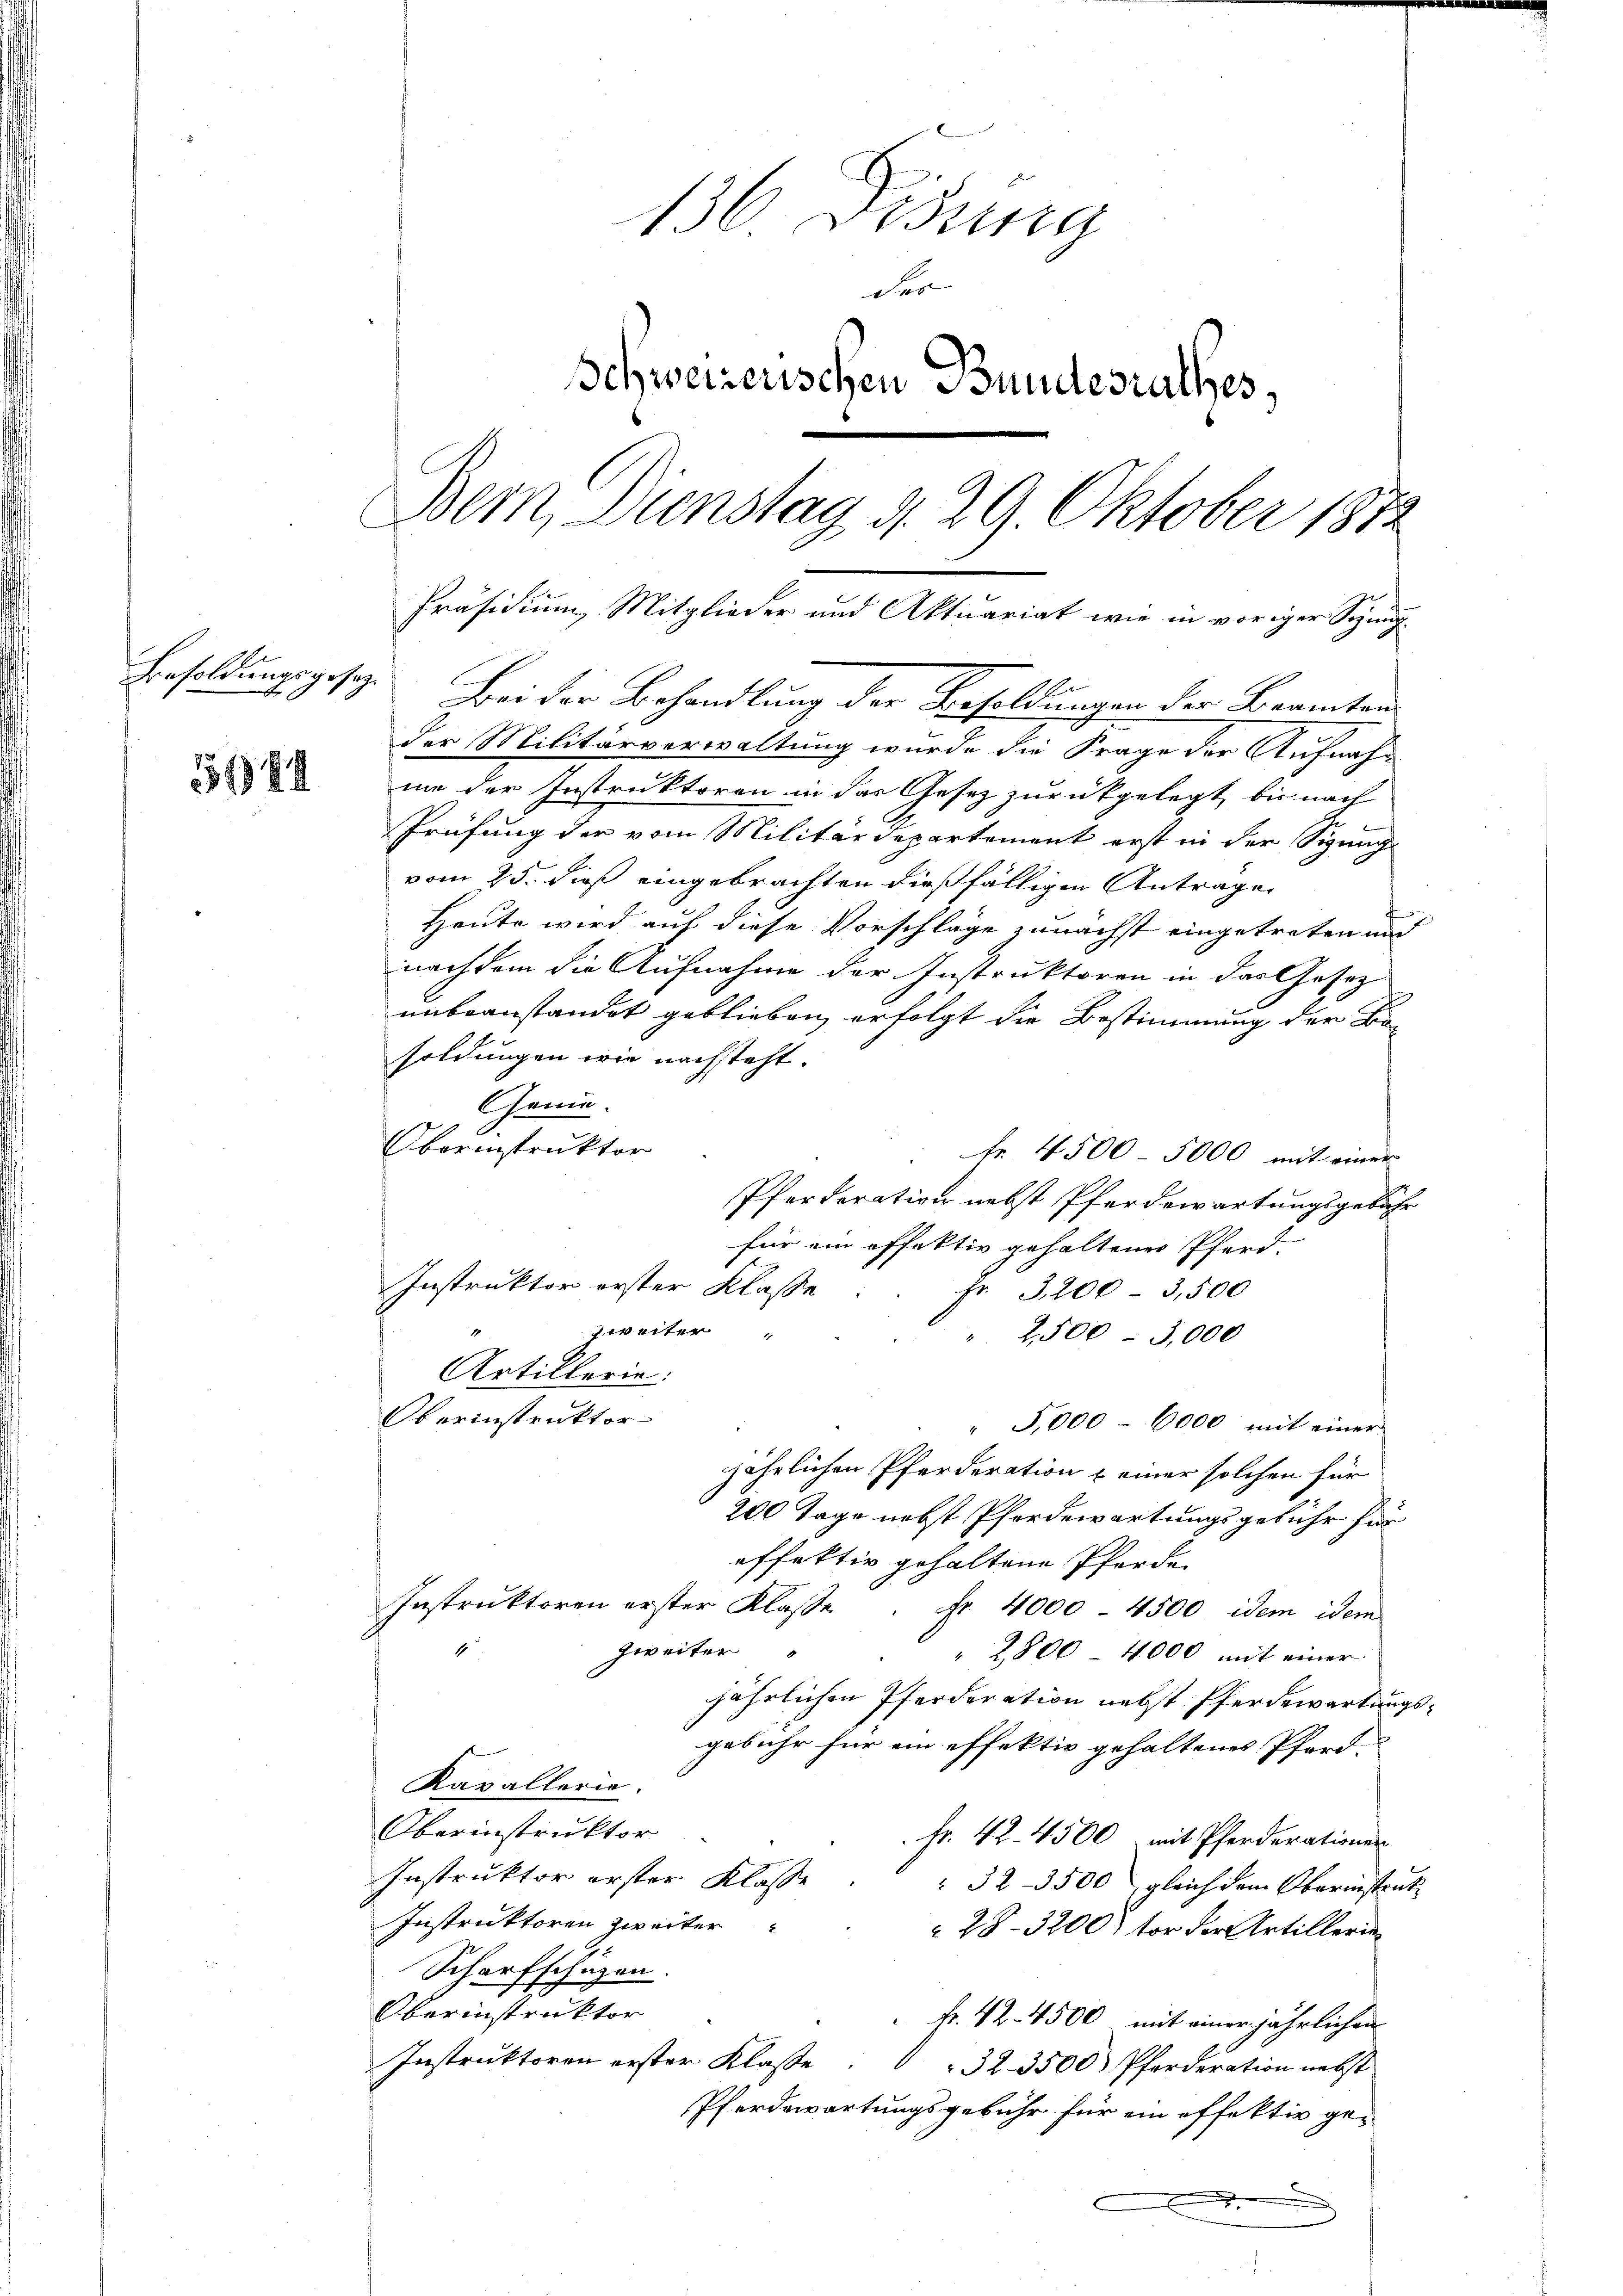
Besoldungsgesetz.

55144

Bei der Behandlung der Besoldungen der Beamten
der Militärverwaltung wurde die Frage der Aufnahm
me der Instruktoren in das Gesetz zurückgelegt, bis nach
.
Prüfung der vom Militärdepartement erst in der Sigung
vom 25. dieß eingebrachten dießfälligen Antrage
f
Heute wird auf diese Vorschläge zunächst eingetreten und
nachdem die Aufnahme der Instruktoren in das Gesez
unbeanstandet geblieben erfolgt die Bestimmung der Bosoldungen wie nachsteht.
Genie.
Oborinstruktor
 Nr. 4500 5000 mit einer
Pferderation nebst Pferdewartungsgebühr
für ein effektiv gehaltener Pferd.
Instruktor erster Klasse.
fr. 3200 - 3,500
zweiter
1
2,500 - 3,000
Artillerie:
Oberinstruktor
" 5,000 - 6000 mit einer
jährlichen Pferderation & einer solchen für
200 Tage nebst Pferdewartungsgebühr für
effektiv gehaltene Pferde.
Instruktoren erster Klasse. Fr. 4000 - 4500 idem idem
zweiter
" 2800 4000 mit einer
jährlichen Pferderation nebst Pferdewartungsgebühr für ein effektiv gehaltenes Pferd.
Kavallerie.
Oberinstruktor
Fr. 42. 4500 mit Pferderationen
Instruktor erster Klasse
32-3500 gleich dem Oberinstruk
Instruktoren zweiter
28–3200) vor der Artillerie
Scharfschagen.
Oberinstruktor
k. 42. 4500 mit einer jährlichen
Instruktoren erster Klasse. " " 32. 3500 Pferderation nebst
Pferdewartungsgebühr für ein offektiv ge-
.

Präsidium, Mitglieder und Aktuariat wie in voriger Sonng¬

136 Didung
der
Schweizerischen Bundesrathes,
C
Bern, Dienstag d. 29. Oktober 1872